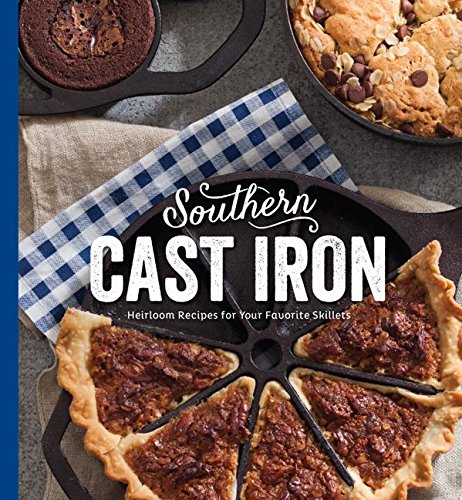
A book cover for Southern Cast Iron: Heirloom Recipes for Your Favorites Skillets; Cookbooks, Food & Wine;